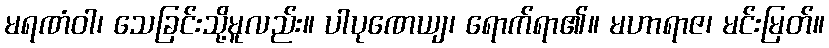
မရဏံဝါ၊ သေခြင်းသို့မူလည်း။ ပါပုဏေယျ၊ ရောက်ရာ၏။ မဟာရာဇ၊ မင်းမြတ်။